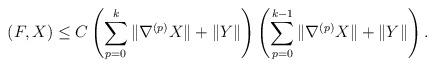
LaTeX: \begin{align*} (F, X) \leq C\left(\sum_{p=0}^{k}\|\nabla^{(p)}X\| + \|Y\|\right)\left(\sum_{p=0}^{k-1}\|\nabla^{(p)}X\| + \|Y\|\right).\end{align*}